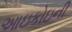
આઇકોઇની